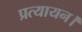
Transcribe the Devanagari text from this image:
प्रत्यायन।